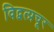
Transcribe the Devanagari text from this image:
विद्वत्प्रचूर